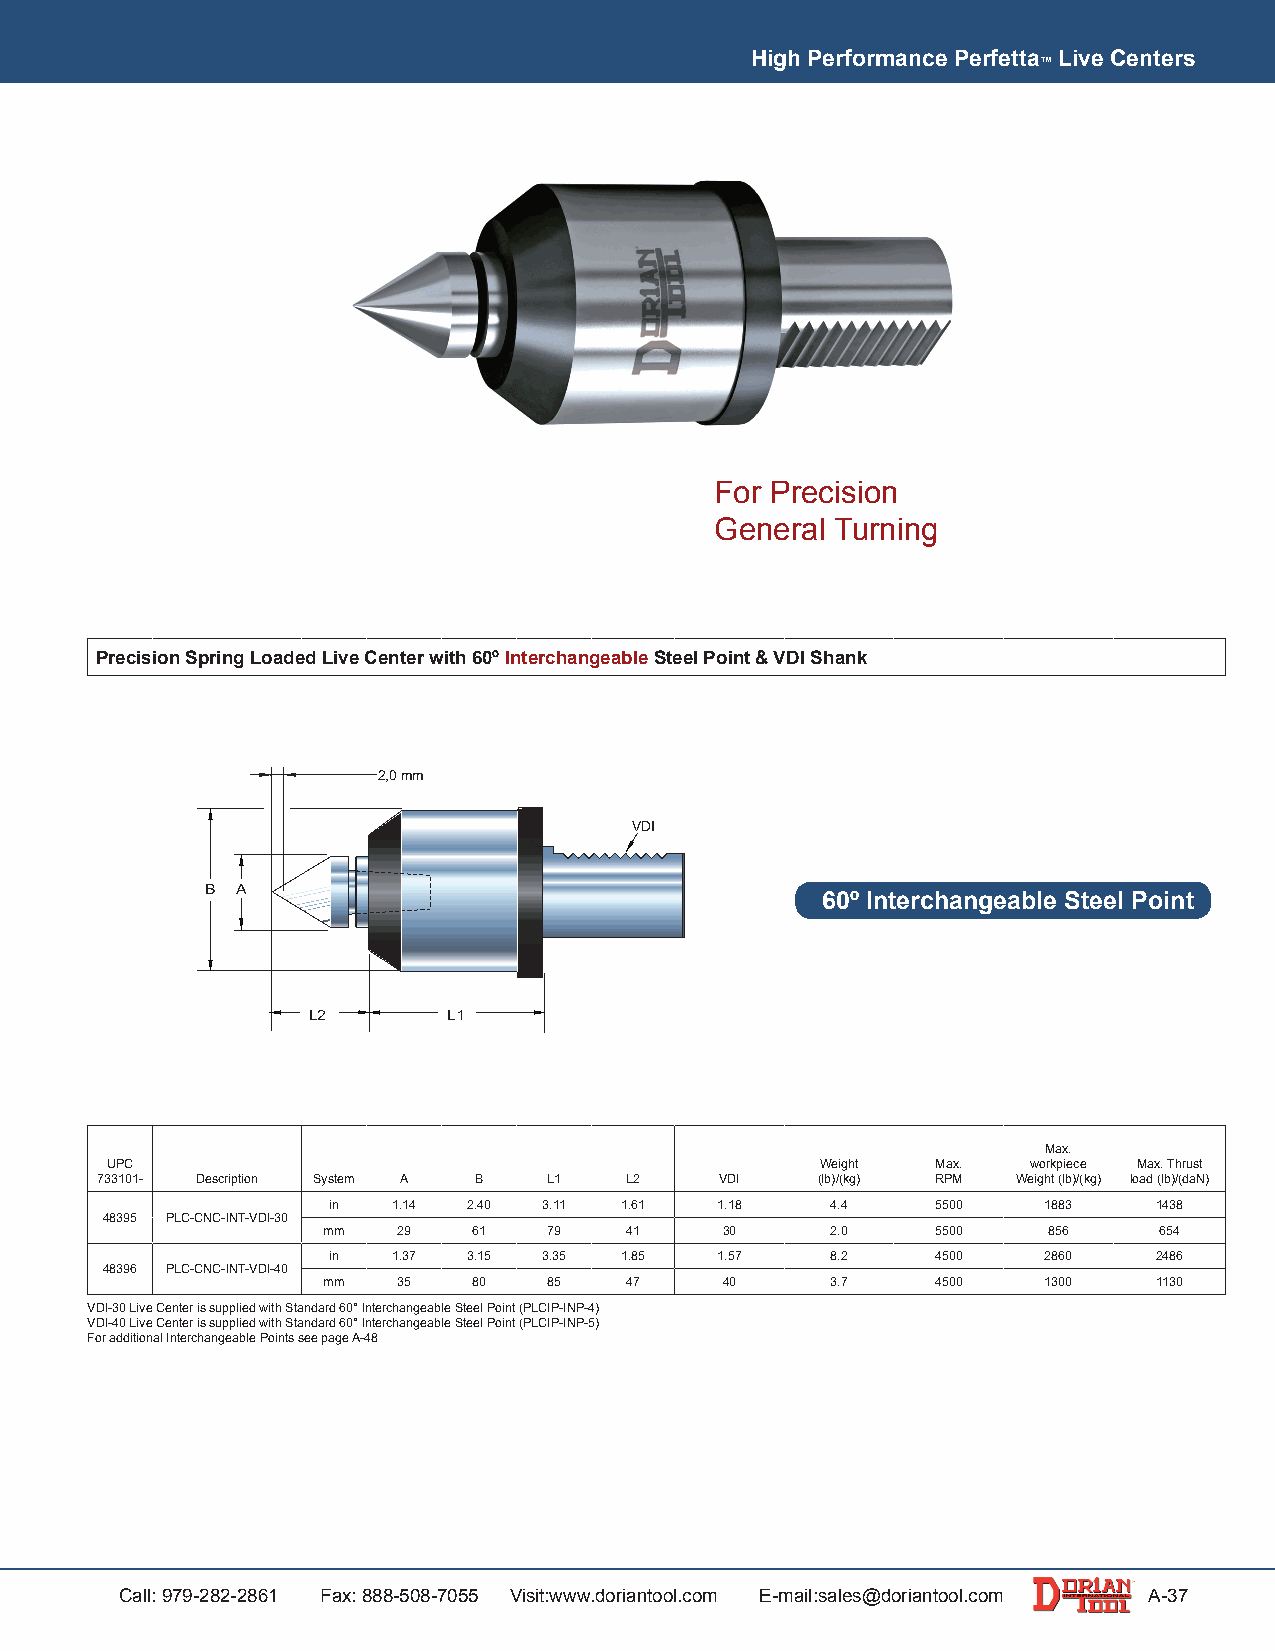
High Performance Perfetta Live Centers
 ™
 For Precision
 General Turning
 Precision Spring Loaded Live Center with 60º Interchangeable Steel Point & VDI Shank
 2,0 mm
 VDI
 B A
 60º Interchangeable Steel Point
 L2        L1
 Max.
 UPC                                            Weight  Max.  workpiece Max. Thrust
 733101- Description System A B L1  L2     VDI   (lb)/(kg) RPM Weight (lb)/(kg) load (lb)/(daN)
 in  1.14 2.40 3.11 1.61  1.18    4.4    5500   1883    1438
 48395 PLC-CNC-INT-VDI-30
 mm   29   61   79   41     30     2.0    5500   856     654
 in  1.37 3.15 3.35 1.85  1.57    8.2    4500   2860    2486
 48396 PLC-CNC-INT-VDI-40
 mm   35   80   85   47     40     3.7    4500   1300    1130
 VDI-30 Live Center is supplied with Standard 60° Interchangeable Steel Point (PLCIP-INP-4)
 VDI-40 Live Center is supplied with Standard 60° Interchangeable Steel Point (PLCIP-INP-5)
 For additional Interchangeable Points see page A-48
 Call: 979-282-2861 Fax: 888-508-7055 Visit:www.doriantool.com E-mail:sales@doriantool.com A-37